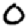
Digit: 0